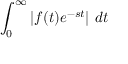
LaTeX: \int _ { 0 } ^ { \infty } \left| f ( t ) e ^ { - s t } \right| \, d t